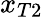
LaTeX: x_{T2}